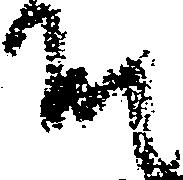
殿